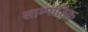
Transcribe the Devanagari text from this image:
साम्पातिक